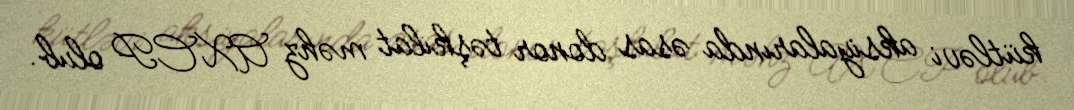
kütləvi aksiyalarında əsas donor təşkilat məhz AXCP olub.